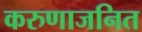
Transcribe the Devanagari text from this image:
करुणाजनित